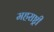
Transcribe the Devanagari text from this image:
महराष्ट्री